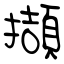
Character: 擷